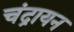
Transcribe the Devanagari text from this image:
चंद्रायन